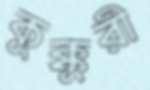
কুক্কুরী